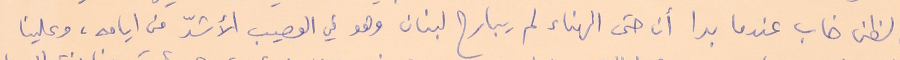
الظن خاب عندما بدا أن حتى الهناء لم يبارح لبنان وهو في العصيب الأشدّ من ايامه، وعلينا